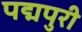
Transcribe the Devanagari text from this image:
पद्मपुरी